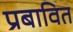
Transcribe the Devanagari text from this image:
प्रबावित